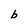
Character: b